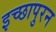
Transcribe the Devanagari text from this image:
इच्छापुरन